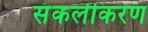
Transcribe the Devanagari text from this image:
संकलीकरण